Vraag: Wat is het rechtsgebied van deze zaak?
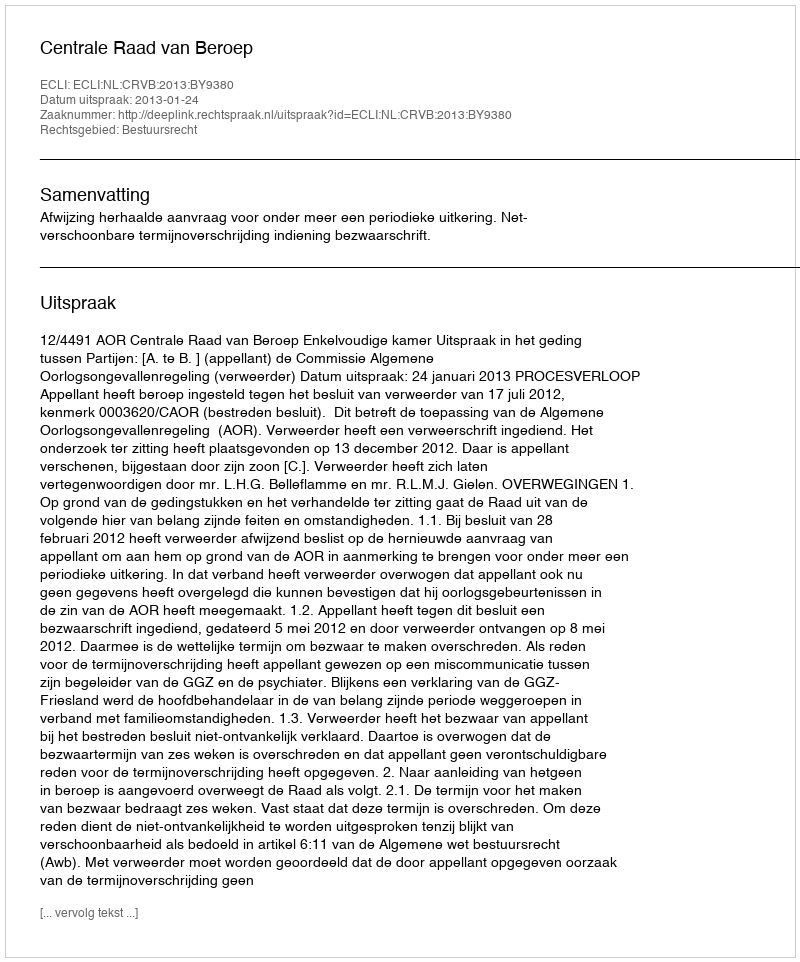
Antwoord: Bestuursrecht